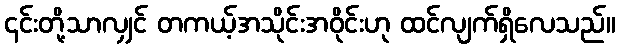
၎င်းတို့သာလျှင် တကယ့်အသိုင်းအဝိုင်းဟု ထင်လျက်ရှိလေသည်။